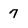
Character: 7